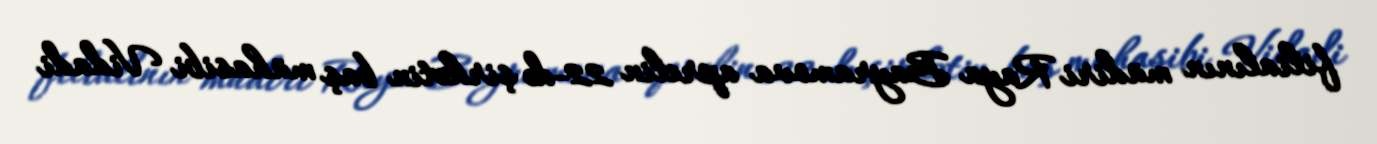
filialının müdiri Raya Bayramova aprelin 22-də şirkətin baş mühasibi Vidadi